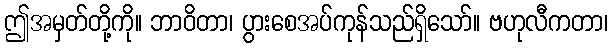
ဤအမှတ်တို့ကို။ ဘာဝိတာ၊ ပွားစေအပ်ကုန်သည်ရှိသော်။ ဗဟုလီကတာ၊